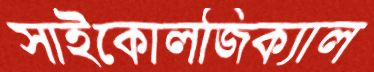
সাইকোলজিক্যাল